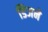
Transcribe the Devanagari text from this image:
डिजने